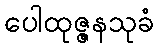
ပေါထုဇ္ဇနသုခံ